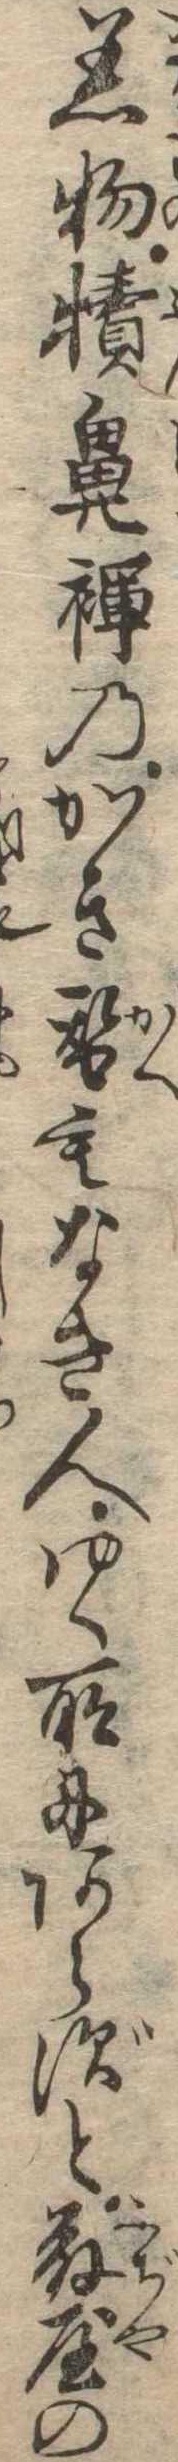
着物犢鼻褌のかき替もなき人ゆく所にあらずと藤屋の